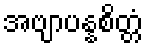
အဗျာပန္နစိတ္တံ